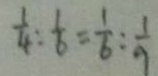
\frac { 1 } { 4 } : \frac { 1 } { 6 } = \frac { 1 } { 6 } : \frac { 1 } { 9 }